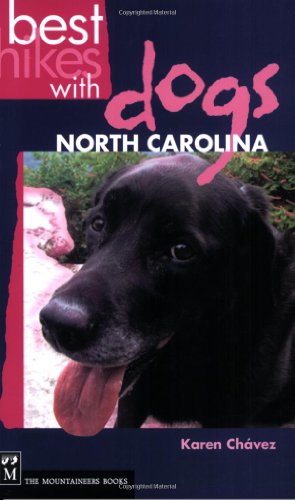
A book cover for Best Hikes With Dogs: North Carolina; Karen Chavez; Travel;